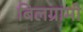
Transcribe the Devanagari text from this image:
बिलग्रामी